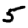
Digit: 5